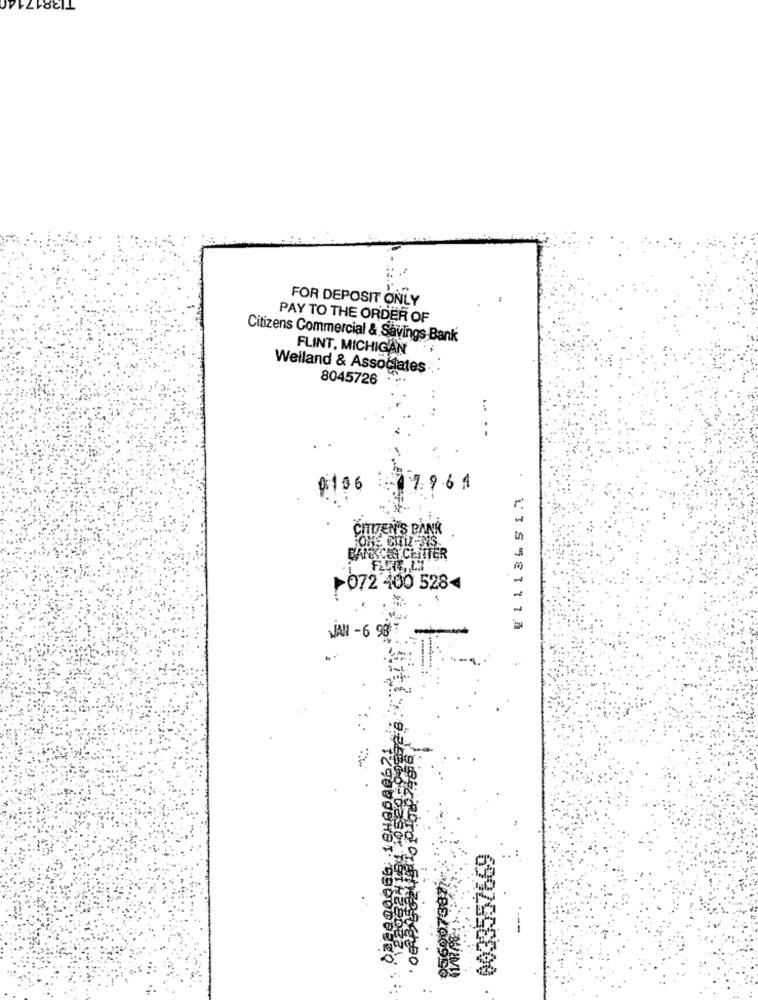
TI38171
FOR DEPOSIT ONLY
PAY TO THE ORDER OF
Citizens Commercial & Savings Bank
FLINT, MICHIGAN
Weiland & Associates
8045726
0106
17961
CITIZEN'S BANK
BANKCE CENTER
1072 400 5284
JAN -6 987
0033557669